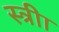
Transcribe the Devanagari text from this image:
स्त्रीा